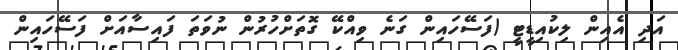
އަދި އެއިން ލިކުއިޑީޓީ (ފަސޭހައިން ގަނެ ވިއްކޭ ގޮތަށްހުރުން ނުވަތަ ފައިސާއަށް ފަސޭހައިން